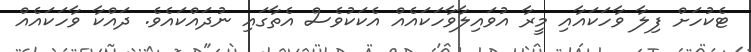
ޓެކުހަށް ފިލާ ވާހަކައާއި މީރާ އުވައިލާވާހަކައެއް އެކަކުވެސް އެތާގައި ނުދައްކައެވެ. ދައްކާ ވާހަކައެއް